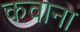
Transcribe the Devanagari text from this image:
कवाना